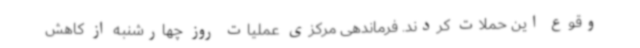
وقوع این حملات کردند. فرماندهی مرکزی عملیات روز چهارشنبه از کاهش